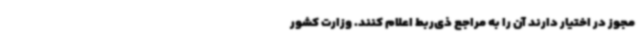
مجوز در اختیار دارند آن را به مراجع ذی‌ربط اعلام کنند. وزارت کشور